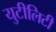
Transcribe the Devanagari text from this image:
युटीलिटी